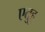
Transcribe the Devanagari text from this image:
एतुहु